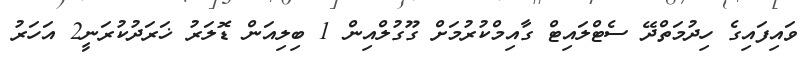
ވައިފައިގެ ހިދުމަތްދޭ ސެޓްލައިޓް ގާއިމްކުރުމަށް ގޫގުލްއިން 1 ބިލިއަން ޑޮލަރު ޚަރަދުކުރަނީ2 އަހަރު